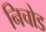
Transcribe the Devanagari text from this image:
निचोड